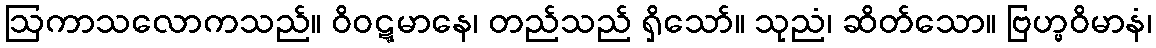
ဩကာသလောကသည်။ ဝိဝဋ္ဋမာနေ၊ တည်သည် ရှိသော်။ သုညံ၊ ဆိတ်သော။ ဗြဟ္မဝိမာနံ၊